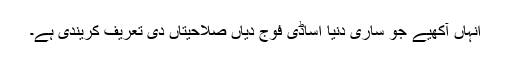
انہاں آکھیے جو ساری دنیا اساڈی فوج دیاں صلاحیتاں دی تعریف کریندی ہے۔